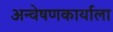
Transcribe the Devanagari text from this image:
अन्वेषणकार्याला